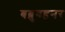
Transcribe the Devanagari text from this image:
बब्रुबहनर